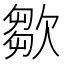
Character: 㱀